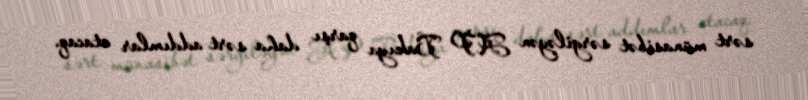
sərt münasibət sərgiləyən AP Bakıya qarşı daha sərt addımlar atacaq.